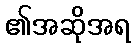
၏အဆိုအရ